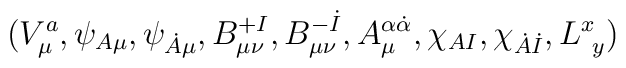
(V^a_\mu, \psi_{A\mu}, \psi_{\dot A\mu},B^{+I}_{\mu\nu}, B^{- \dot I}_{\mu\nu},A^{\alpha \dot \alpha} _ \mu,\chi _{AI} ,\chi _{\dot A \dot I} ,L^x_{\ y})